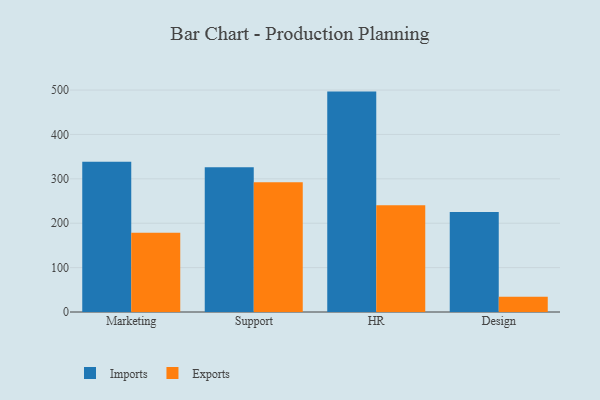
{"axis": {"x": "Department", "y": "Market Share (%)"}, "legend": ["Exports", "Imports"], "data": [{"x": "Marketing", "y": 338.2, "type": "Imports"}, {"x": "Marketing", "y": 178.7, "type": "Exports"}, {"x": "Support", "y": 326.2, "type": "Imports"}, {"x": "Support", "y": 292.4, "type": "Exports"}, {"x": "HR", "y": 496.5, "type": "Imports"}, {"x": "HR", "y": 240.5, "type": "Exports"}, {"x": "Design", "y": 225.1, "type": "Imports"}, {"x": "Design", "y": 34.4, "type": "Exports"}]}